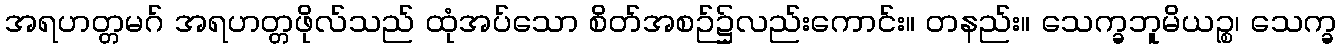
အရဟတ္တမဂ် အရဟတ္တဖိုလ်သည် ထုံအပ်သော စိတ်အစဉ်၌လည်းကောင်း။ တနည်း။ သေက္ခဘူမိယဉ္စ၊ သေက္ခ